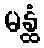
မန္ထံ